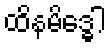
ထိနမိဒ္ဓေါ